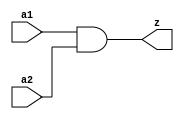
// Module name: and21
module and21(a1,a2,z );
input a1;
input a2;
output z;
wire z;
assign z=a1&a2;
endmodule